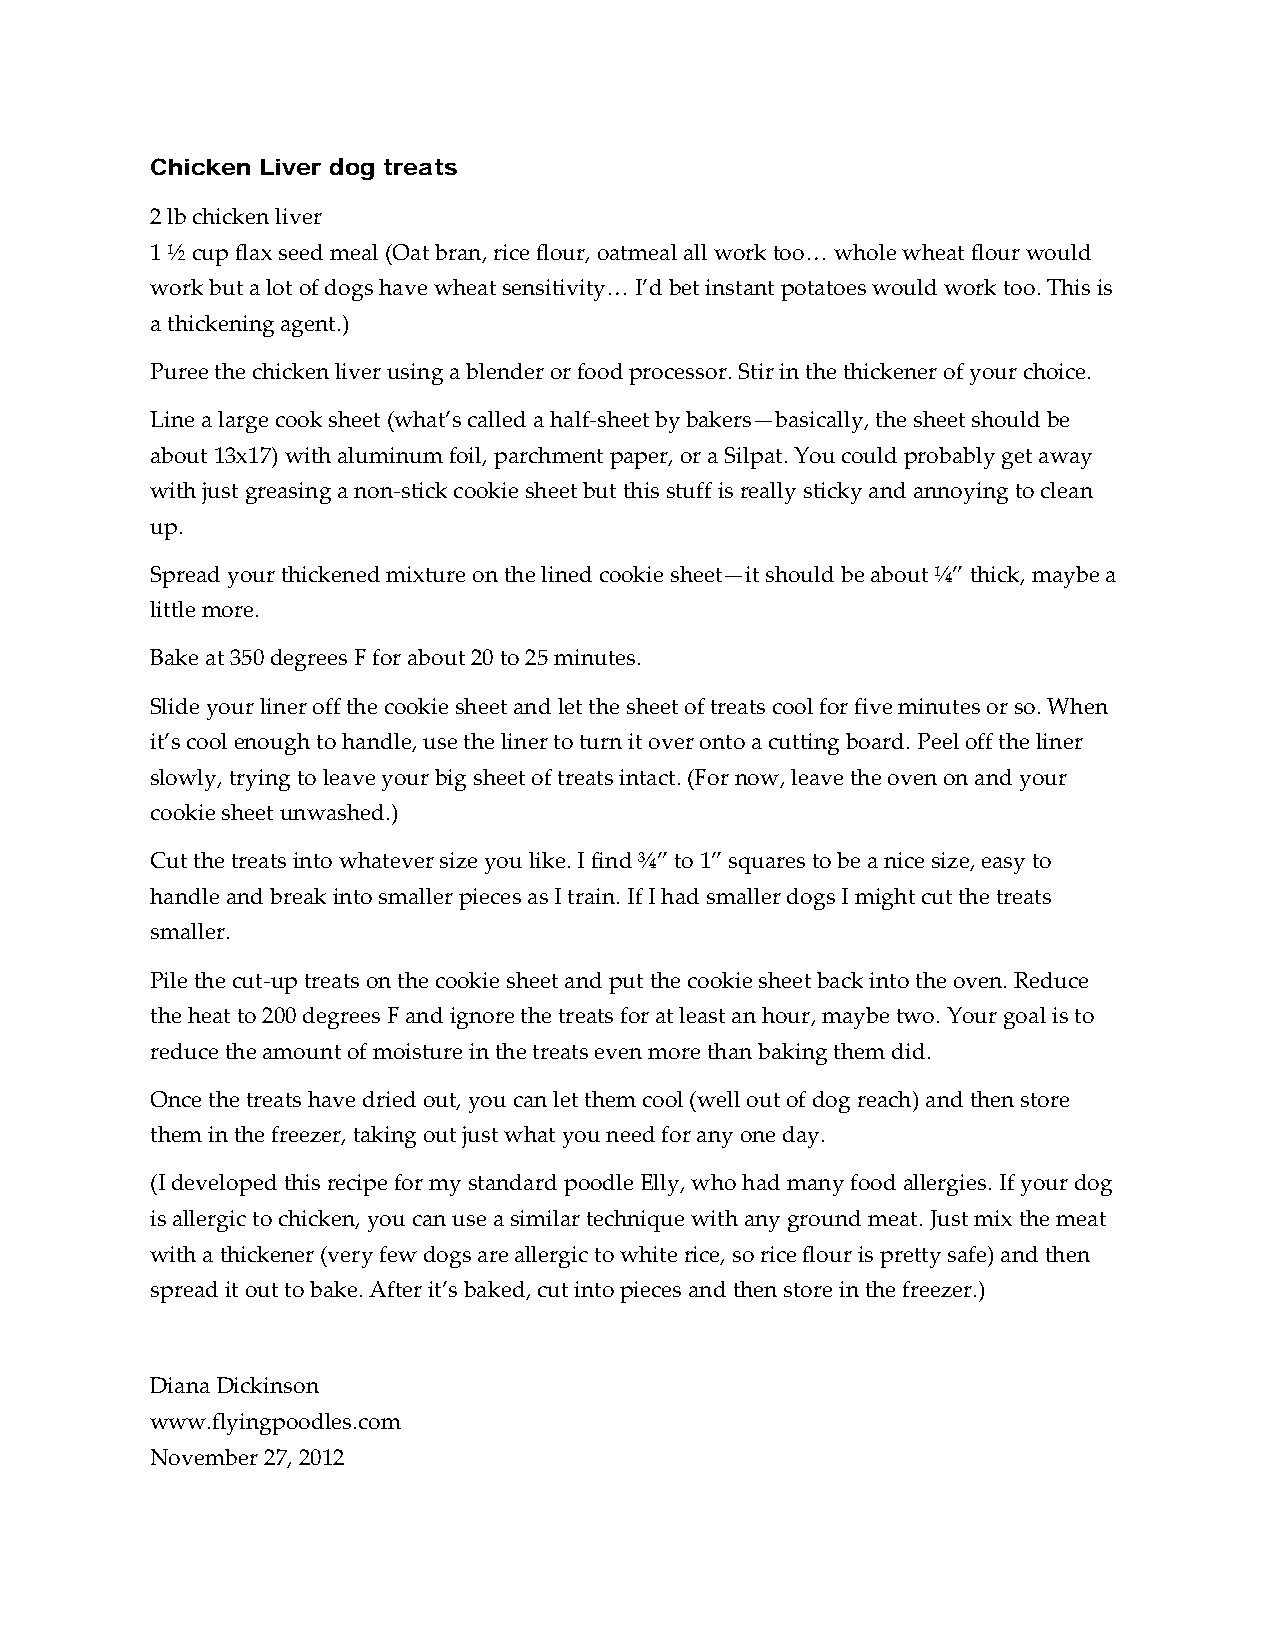
Chicken Liver dog treats
 2 lb chicken liver
 1 ½ cup flax seed meal (Oat bran, rice flour, oatmeal all work too… whole wheat flour would
 work but a lot of dogs have wheat sensitivity… I’d bet instant potatoes would work too. This is
 a thickening agent.)
 Puree the chicken liver using a blender or food processor. Stir in the thickener of your choice.
 Line a large cook sheet (what’s called a half‐sheet by bakers—basically, the sheet should be
 about 13x17) with aluminum foil, parchment paper, or a Silpat. You could probably get away
 with just greasing a non‐stick cookie sheet but this stuff is really sticky and annoying to clean
 up.
 Spread your thickened mixture on the lined cookie sheet—it should be about ¼” thick, maybe a
 little more.
 Bake at 350 degrees F for about 20 to 25 minutes.
 Slide your liner off the cookie sheet and let the sheet of treats cool for five minutes or so. When
 it’s cool enough to handle, use the liner to turn it over onto a cutting board. Peel off the liner
 slowly, trying to leave your big sheet of treats intact. (For now, leave the oven on and your
 cookie sheet unwashed.)
 Cut the treats into whatever size you like. I find ¾” to 1” squares to be a nice size, easy to
 handle and break into smaller pieces as I train. If I had smaller dogs I might cut the treats
 smaller.
 Pile the cut‐up treats on the cookie sheet and put the cookie sheet back into the oven. Reduce
 the heat to 200 degrees F and ignore the treats for at least an hour, maybe two. Your goal is to
 reduce the amount of moisture in the treats even more than baking them did.
 Once the treats have dried out, you can let them cool (well out of dog reach) and then store
 them in the freezer, taking out just what you need for any one day.
 (I developed this recipe for my standard poodle Elly, who had many food allergies. If your dog
 is allergic to chicken, you can use a similar technique with any ground meat. Just mix the meat
 with a thickener (very few dogs are allergic to white rice, so rice flour is pretty safe) and then
 spread it out to bake. After it’s baked, cut into pieces and then store in the freezer.)
 Diana Dickinson
 www.flyingpoodles.com
 November 27, 2012